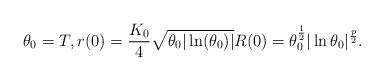
LaTeX: \begin{align*} \theta_0 = T , r(0) = \frac{K_0}{4} \sqrt{\theta_0 |\ln(\theta_0)|} R(0) = \theta_0^{\frac{1}{2}} |\ln \theta_0|^{\frac{p}{2}}.\end{align*}